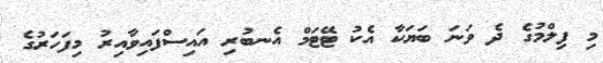
މި ފިލްމުގެ ދެ ވަނަ ބަޔަކާ އެކު ޓޭޓަމް އެނބުރި އައިސްފައިވާއިރު މިފަހަރުގެ